Annual report on the health of the army in India
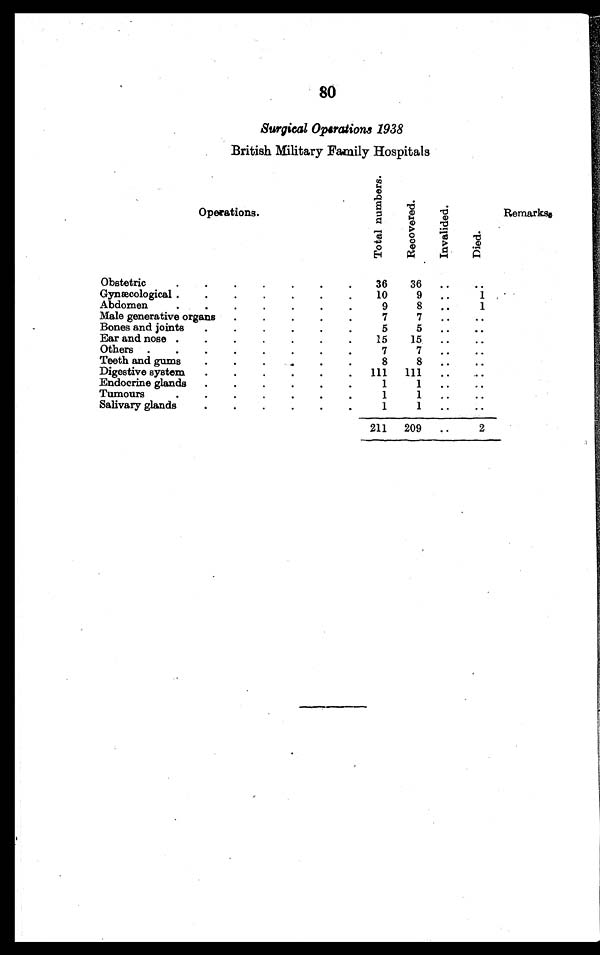
80
Surgical Operations 1938
British Military Family Hospitals
Operations.
T o t a l n u m b e r s .
R e c o v e r e d .
I n v a l i d e d .
D i e d .
Remarks.
Obstetric . . .
36
36
. . .
. . .
Gynæcological . . .
10
9
. . .
1
Abdomen . . .
9
8
. . .
1
Male generative organs . . .
7
7
. . .
. . .
Bones and joints . . .
5
5
. . .
. . .
Ear and nose . . .
15
15
. . .
. . .
Others . . .
7
7
. . .
. . .
Teeth and gums . . .
8
8
. . .
. . .
Digestive system . . .
111
111
. . .
. . .
Endocrine glands . . .
1
1
. . .
. . .
Tumours . . .
1
1
. . .
. . .
Salivary glands . . .
1
1
. . .
. . .
211
209
. . .
2